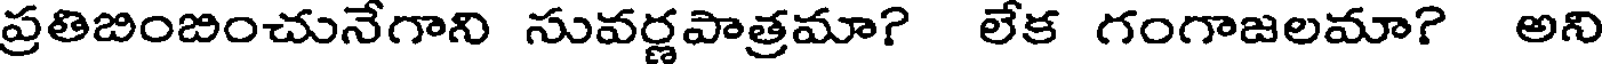
ప్రతిబింబించునేగాని సువర్ణపాత్రమా? లేక గంగాజలమా? అని